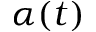
\alpha ( t )